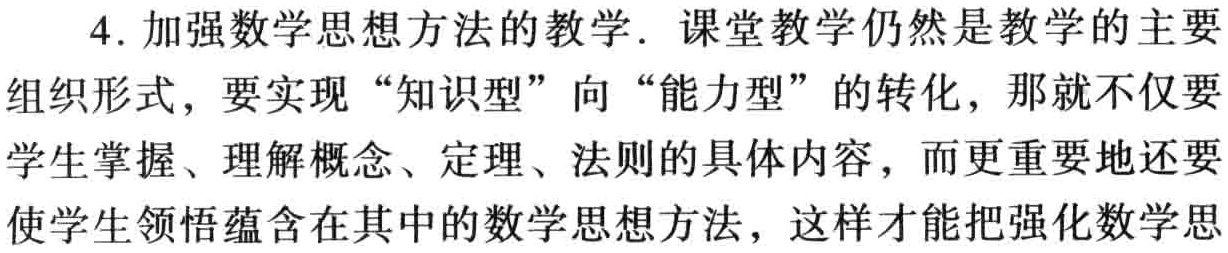
4. 加强数学思想方法的教学. 课堂教学仍然是教学的主要

组织形式，要实现 “知识型” 向 “能力型” 的转化，那就不仅要

学生掌握、理解概念、定理、法则的具体内容，而更重要地还要

使学生领悟蕴含在其中的数学思想方法，这样才能把强化数学思